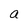
Character: a